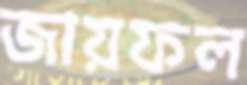
জায়ফল